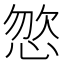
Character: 𢛦